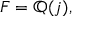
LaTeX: F = \mathbb { Q } ( j ) ,